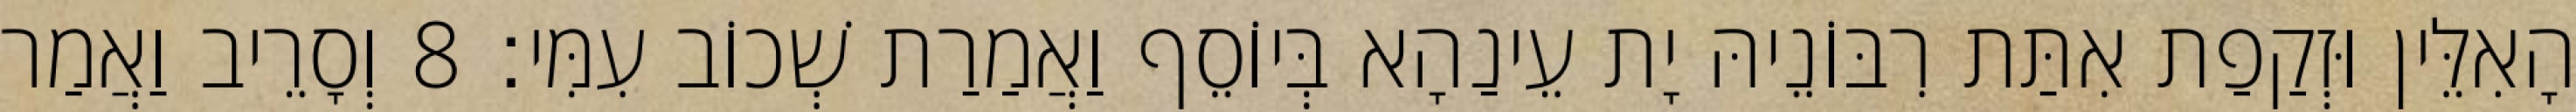
הָאִלֵּין וּזְקַפַת אִתַּת רִבּוֹנֵיהּ יָת עֵינַהָא בְּיוֹסֵף וַאֲמַרַת שְׁכוֹב עִמִּי׃ 8 וְסָרֵיב וַאֲמַר